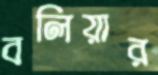
বলিয়ার